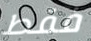
فقط